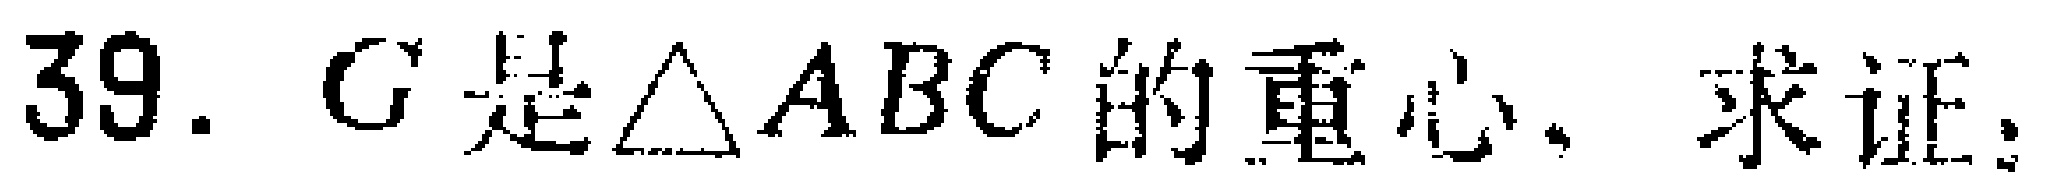
39. \(G\)是\(\triangle ABC\)的重心. 求证：